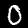
Label: 0